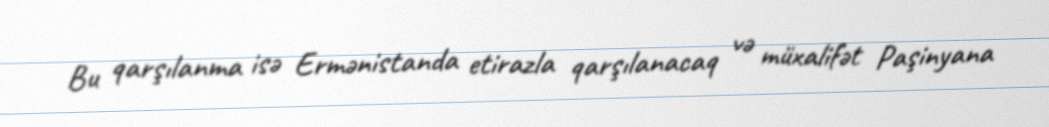
Bu qarşılanma isə Ermənistanda etirazla qarşılanacaq və müxalifət Paşinyana